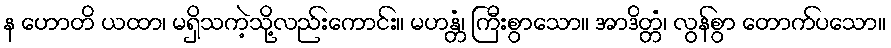
န ဟောတိ ယထာ၊ မရှိသကဲ့သို့လည်းကောင်း။ မဟန္တံ၊ ကြီးစွာသော။ အာဒိတ္တံ၊ လွန်စွာ တောက်ပသော။